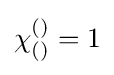
\chi _{()}^{()}=1